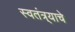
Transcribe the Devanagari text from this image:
स्वतंत्र्याचे